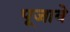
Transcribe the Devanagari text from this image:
पूजावे